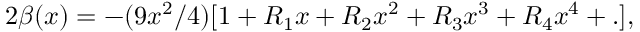
2 \beta ( x ) = - ( 9 x ^ { 2 } / 4 ) [ 1 + R _ { 1 } x + R _ { 2 } x ^ { 2 } + R _ { 3 } x ^ { 3 } + R _ { 4 } x ^ { 4 } + . ] ,